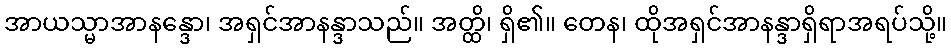
အာယသ္မာအာနန္ဒော၊ အရှင်အာနန္ဒာသည်။ အတ္ထိ၊ ရှိ၏။ တေန၊ ထိုအရှင်အာနန္ဒာရှိရာအရပ်သို့။